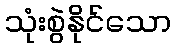
သုံးစွဲနိုင်သော